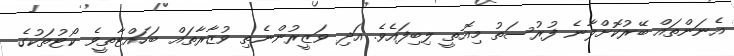
އެނަންތައް ބޭރުކޮށްލާނެ ފުރުސަތު މިއޮތީ ލިބިފައެވެ. އަދި ވަޒީރުންނެތި ވުޒާރާތައް ބަހައްޓާތީވެ ކޯޓުތަކުގެ